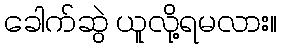
ခေါက်ဆွဲ ယူလို့ရမလား။